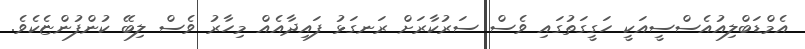
އެމްޑަބްލިއުއެސްސީއަކީ ހަގީގަތުގައި ވެސް ސަރުކާރަށް ރަނގަޅު ފައިދާއެއް މިހާރު ވެސް ލިބޭ ކުންފުންޏެކެވެ.